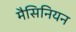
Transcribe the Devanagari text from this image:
मैसिनियन